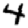
Digit: 4